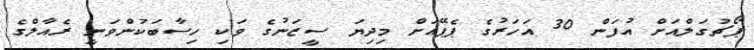
ޕޯޗުގަލްއަށް އުފަން 30 އަހަރުގެ ޕެޕޭއަށް މިދިޔަ ސީޒަނުގެ ވަކި ހިސާބަކުންވަނީ ރެއާލްގެ